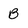
Character: B